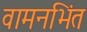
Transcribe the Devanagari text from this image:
वामनभिंत